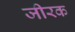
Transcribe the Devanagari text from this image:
जीरक